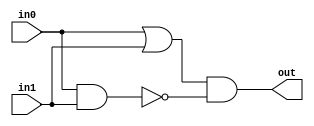
module other_xor(
    output out,
    input in0,
    input in1
);
    
    wire x0;
    wire x1;
    
    or(x0, in0, in1);
    nand(x1, in0, in1);
    and(out, x0, x1);
    
endmodule